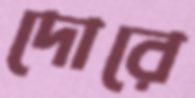
দোরে